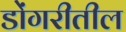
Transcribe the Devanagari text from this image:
डोंगरीतील